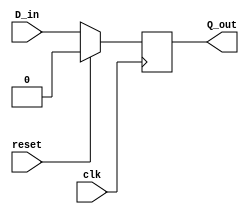
`timescale 1ns / 1ps

module D_Flip_flop(
input clk,
input reset,
input D_in,
output reg Q_out
    );
    
    always @(posedge clk )
    if(reset)
    Q_out <= 1'b0;
    else
    Q_out <= D_in;
endmodule